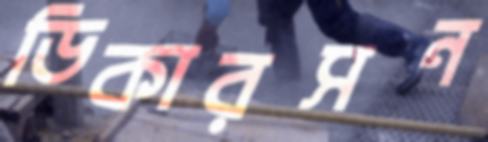
ডিকারসন